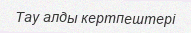
Тау алды кертпештері